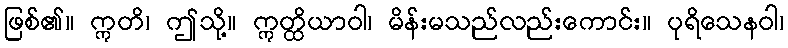
ဖြစ်၏။ ဣတိ၊ ဤသို့။ ဣတ္ထိယာဝါ၊ မိန်းမသည်လည်းကောင်း။ ပုရိသေနဝါ၊